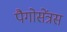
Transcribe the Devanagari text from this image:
पैगोसेंत्रस